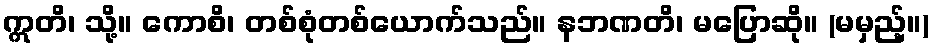
ဣတိ၊ သို့။ ကောစိ၊ တစ်စုံတစ်ယောက်သည်။ နဘဏတိ၊ မပြောဆို။ (မမှည့်။)